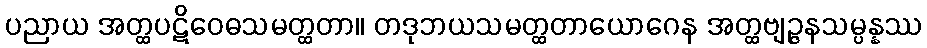
ပညာယ အတ္ထပဋိဝေဓသမတ္ထတာ။ တဒုဘယသမတ္ထတာယောဂေန အတ္ထဗျဉ္ဇနသမ္ပန္နဿ